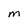
Character: M